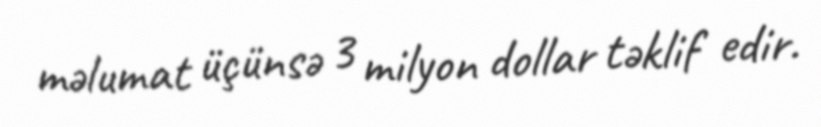
məlumat üçünsə 3 milyon dollar təklif edir.